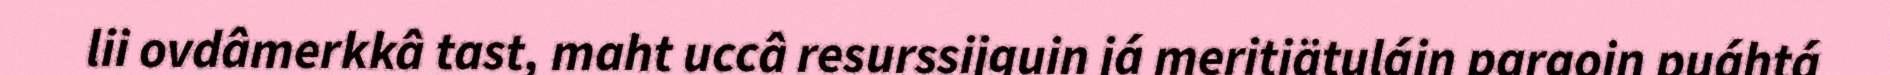
lii ovdâmerkkâ tast, maht uccâ resurssijguin já meritiätuláin pargoin puáhtá